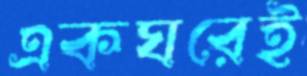
একঘরেই